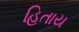
હિતાય